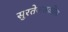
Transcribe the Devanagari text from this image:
सुरतेजवळील